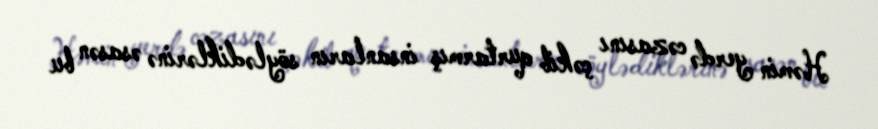
Həmin yerdə cəzasını çəkib qurtarmış insanların söylədiklərinə əsasən bu